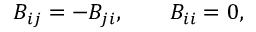
B _ { i j } = - B _ { j i } , \qquad B _ { i i } = 0 ,